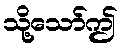
သို့သော်ဤ